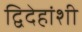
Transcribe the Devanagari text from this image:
द्विदेहांशी